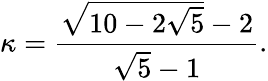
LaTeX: \kappa={\frac{{\sqrt{10-2{\sqrt{5}}}}-2}{{\sqrt{5}}-1}}.